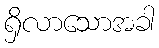
ရှိလာသောအခါ